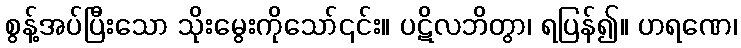
စွန့်အပ်ပြီးသော သိုးမွေးကိုသော်၎င်း။ ပဋိလဘိတွာ၊ ရပြန်၍။ ဟရဏေ၊